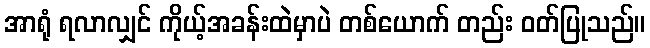
အာရုံ ရလာလျှင် ကိုယ့်အခန်းထဲမှာပဲ တစ်ယောက် တည်း ဝတ်ပြုသည်။